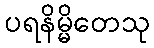
ပရနိမ္မိတေသု